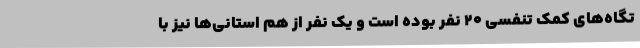
تگاه‌های کمک تنفسی 20 نفر بوده است و یک نفر از هم استانی‌ها نیز با